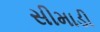
સીમાડી